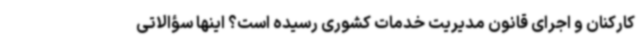
کارکنان و اجرای قانون مدیریت خدمات کشوری رسیده است؟ اینها سؤالاتی